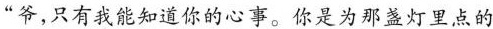
”爷，只有我能知道你的心事。你是为那盏灯里点的